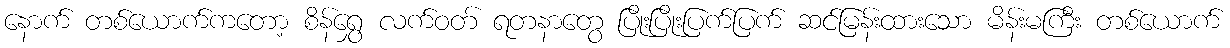
နောက် တစ်ယောက်ကတော့ စိန်ရွှေ လက်ဝတ် ရတနာတွေ ပြိုးပြိုးပြက်ပြက် ဆင်မြန်းထားသော မိန်းမကြီး တစ်ယောက်